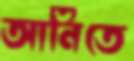
আনিতে